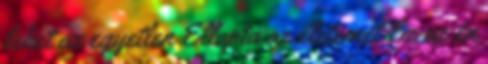
lehet az egyetlen Ellopta az életemet Ez az én